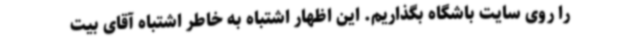
را روی سایت باشگاه بگذاریم. این اظهار اشتباه به خاطر اشتباه آقای بیت